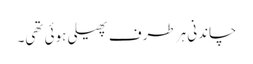
چاندنی ہر طرف پھیلی ہوئی تھی۔